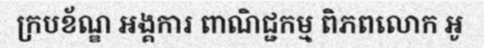
ក្របខ័ណ្ឌ អង្គការ ពាណិជ្ជកម្ម ពិភពលោក អូ